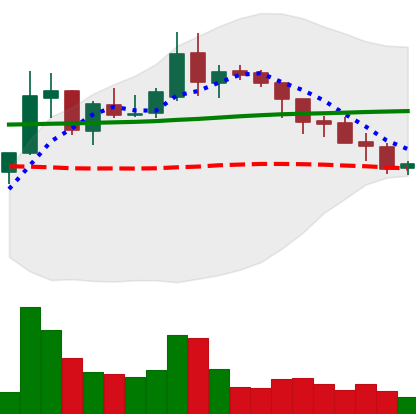
Ticker: XLM-USD
Chart end date: 2018-08-05
Forward return: -7.693%
Label: down_7plus